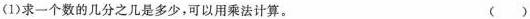
(1)求一个数的几分之几是多少，可以用乘法计算。()